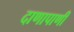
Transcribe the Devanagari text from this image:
दाणापाणी